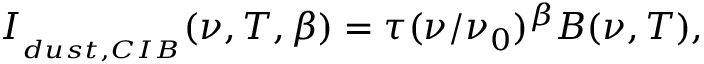
I _ { { } _ { d u s t , C I B } } ( \nu , T , \beta ) = \tau ( \nu / \nu _ { 0 } ) ^ { \beta } B ( \nu , T ) ,